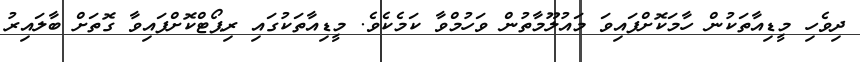
ދިވެހި މީޑިއާތަކުން ހާމަކޮށްފައިވަ މައުލޫމާތުން ވަހުމްވާ ކަމެކެވެ. މީޑިއާތަކުގައި ރިޕޯޓްކޮށްފައިވާ ގޮތަށް ބާލައިރު